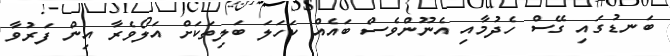
ބަނޑުގައި ގޭސް ހެދުމާއި އެނޫންވެސް ބައެއް ކަހަލަ ބަލިތަކަށް އަލޯވެރާ އިން ފަރުވާ